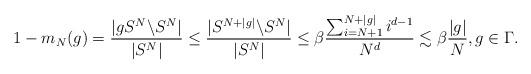
LaTeX: \begin{align*}1-m_N(g)=\frac{|gS^N\backslash S^N|}{|S^N|}\leq \frac{|S^{N+|g|}\backslash S^N|}{|S^N|}\leq \beta\frac{\sum_{i=N+1}^{N+|g|} i^{d-1}}{N^d}\lesssim \beta\frac{|g|}{N}, g\in \Gamma.\end{align*}